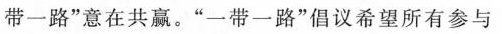
带一路”意在共赢。”一带一路”倡议希望所有参与